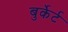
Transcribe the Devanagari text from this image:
बुर्केर्ट